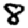
Digit: 8